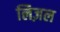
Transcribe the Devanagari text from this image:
लिज़ल